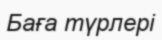
Баға түрлері